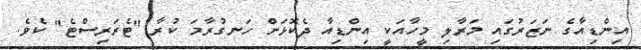
އިންޑިއާގެ ނަޒަރުގައި މަރާލި މީހާއަަކީ އިންޑިއާ ދެކޮޅަށް ހަނގުރާމަ ކުރާ "ޓެރަރިސްޓެ" ކެވެ.